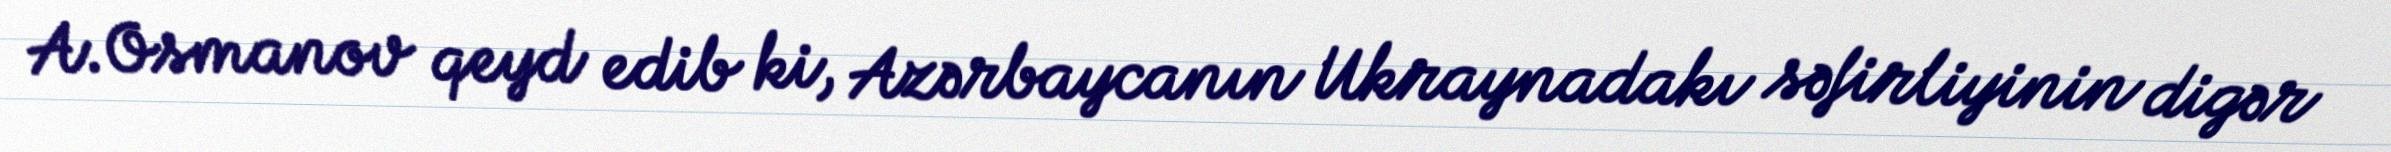
A.Osmanov qeyd edib ki, Azərbaycanın Ukraynadakı səfirliyinin digər